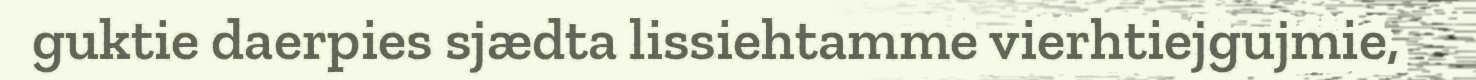
guktie daerpies sjædta lissiehtamme vierhtiejgujmie,